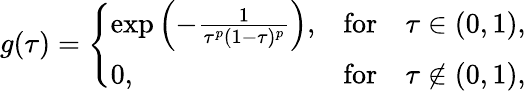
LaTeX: g(\tau)=\left\{ \begin{array}{lcc}{\exp\left(-\frac{1}{\tau^{p}(1-\tau)^{p}}\right),}&{\mathrm{for}}&{\tau\in(0,1),}\\ {0,}&{\mathrm{for}}&{\tau\notin(0,1),}\end{array}\right.